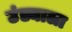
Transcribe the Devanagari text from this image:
उंड्याला